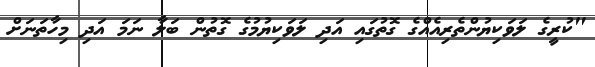
"ކުރީގެ ލަވަކިޔުންތެރިއެއްގެ ގޮތުގައި އަދި ލަވަކިޔުމުގެ ގޮތުން ބަލާ ނަމަ އަދި މިހާތަނަށް